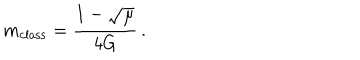
m _ { \mathrm { c l a s s } } = \frac { 1 - \sqrt { \mu } } { 4 G } \, .